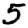
Digit: 5